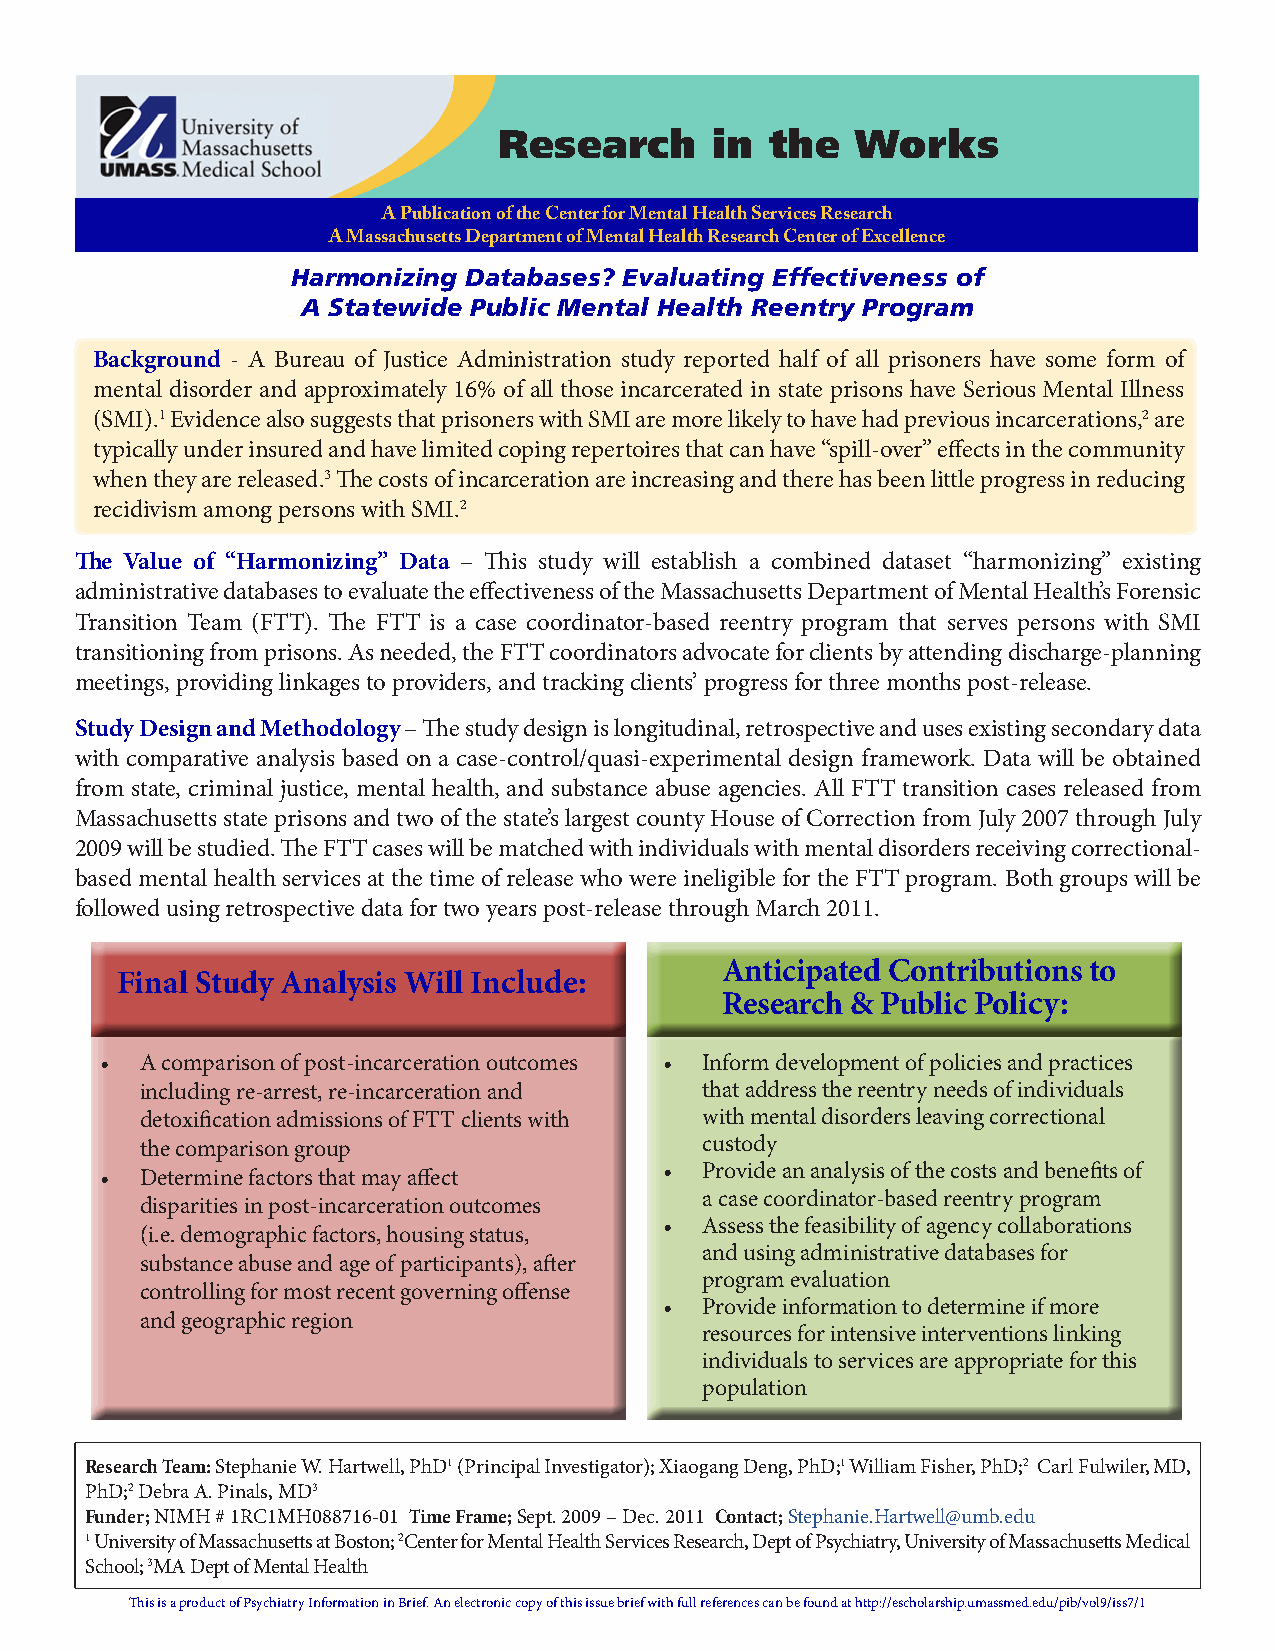
Research      in  the   Works
 A Publication of the Center for Mental Health Services Research
 A Massachusetts Department of Mental Health Research Center of Excellence
 Harmonizing Databases? Evaluating Effectiveness of
 A Statewide Public Mental Health Reentry Program
 Background - A Bureau of Justice Administration study reported half of all prisoners have some form of
 mental disorder and approximately 16% of all those incarcerated in state prisons have Serious Mental Illness
 (SMI).1 Evidence also suggests that prisoners with SMI are more likely to have had previous incarcerations,2 are
 typically under insured and have limited coping repertoires that can have “spill-over” effects in the community
 when they are released.3 The costs of incarceration are increasing and there has been little progress in reducing
 recidivism among persons with SMI.2
 The Value of “Harmonizing” Data – This study will establish a combined dataset “harmonizing” existing
 administrative databases to evaluate the effectiveness of the Massachusetts Department of Mental Health’s Forensic
 Transition Team (FTT). The FTT is a case coordinator-based reentry program that serves persons with SMI
 transitioning from prisons. As needed, the FTT coordinators advocate for clients by attending discharge-planning
 meetings, providing linkages to providers, and tracking clients’ progress for three months post-release.
 Study Design and Methodology – The study design is longitudinal, retrospective and uses existing secondary data
 with comparative analysis based on a case-control/quasi-experimental design framework. Data will be obtained
 from state, criminal justice, mental health, and substance abuse agencies. All FTT transition cases released from
 Massachusetts state prisons and two of the state’s largest county House of Correction from July 2007 through July
 2009 will be studied. The FTT cases will be matched with individuals with mental disorders receiving correctional-
 based mental health services at the time of release who were ineligible for the FTT program. Both groups will be
 followed using retrospective data for two years post-release through March 2011.
 Anticipated Contributions to
 Final Study Analysis Will Include:
 Research & Public Policy:
 • A comparison of post-incarceration outcomes • Inform development of policies and practices
 including re-arrest, re-incarceration and that address the reentry needs of individuals
 detoxification admissions of FTT clients with with mental disorders leaving correctional
 the comparison group                 custody
 • Determine factors that may affect  • Provide an analysis of the costs and benefits of
 a case coordinator-based reentry program
 disparities in post-incarceration outcomes
 • Assess the feasibility of agency collaborations
 (i.e. demographic factors, housing status,
 and using administrative databases for
 substance abuse and age of participants), after
 program evaluation
 controlling for most recent governing offense
 • Provide information to determine if more
 and geographic region
 resources for intensive interventions linking
 individuals to services are appropriate for this
 population
 Research Team: Stephanie W. Hartwell, PhD1 (Principal Investigator); Xiaogang Deng, PhD;1 William Fisher, PhD;2 Carl Fulwiler, MD,
 PhD;2 Debra A. Pinals, MD3
 Funder; NIMH # 1RC1MH088716-01 Time Frame; Sept. 2009 – Dec. 2011 Contact; Stephanie.Hartwell@umb.edu
 1 University of Massachusetts at Boston; 2Center for Mental Health Services Research, Dept of Psychiatry, University of Massachusetts Medical
 School; 3MA Dept of Mental Health
 This is a product of Psychiatry Information in Brief. An electronic copy of this issue brief with full references can be found at http://escholarship.umassmed.edu/pib/vol9/iss7/1